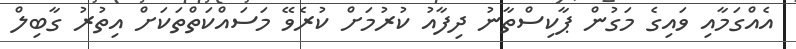
އެއްގަމާއި ވައިގެ މަގުން ޕާކިސްތާނު ދިފާއު ކުރުމަށް ކުރެވޭ މަސައްކަތްތަކަށް އިތުރު ގާބިލް